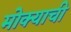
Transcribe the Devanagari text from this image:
मोक्याची